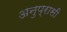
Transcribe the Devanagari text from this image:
अनुप्रासी